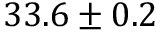
3 3 . 6 \pm 0 . 2